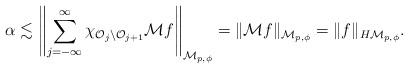
LaTeX: \begin{align*}\alpha\lesssim \left\|\sum_{j=-\infty}^\infty\chi_{{\mathcal O}_j \setminus {\mathcal O}_{j+1}}{\mathcal M}f\right\|_{{\mathcal M}_{p,\phi}}=\|{\mathcal M}f\|_{{\mathcal M}_{p,\phi}}=\|f\|_{H{\mathcal M}_{p,\phi}}.\end{align*}